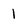
Character: 1